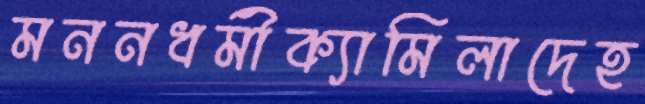
মননধর্মীক্যামিলাদেহ